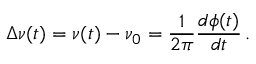
\Delta \nu ( t ) = \nu ( t ) - \nu _ { 0 } = \frac { 1 } { 2 \pi } \frac { d \phi ( t ) } { d t } \, .